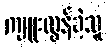
ကျူးလွန်ခဲ့သူ